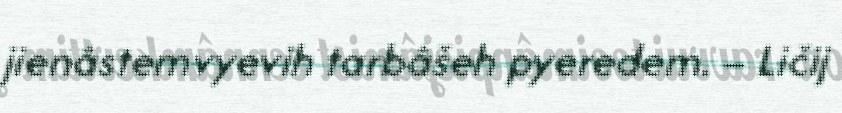
jienâstemvyevih tarbâšeh pyeredem. – Ličij